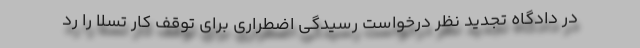
در دادگاه تجدید نظر درخواست رسیدگی اضطراری برای توقف کار تسلا را رد